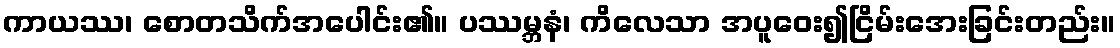
ကာယဿ၊ စောတသိက်အပေါင်း၏။ ပဿမ္ဘနံ၊ ကိလေသာ အပူဝေး၍ငြိမ်းအေးခြင်းတည်း။